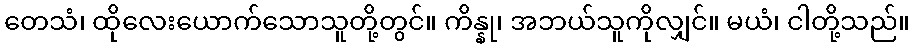
တေသံ၊ ထိုလေးယောက်သောသူတို့တွင်။ ကိန္နု၊ အဘယ်သူကိုလျှင်။ မယံ၊ ငါတို့သည်။